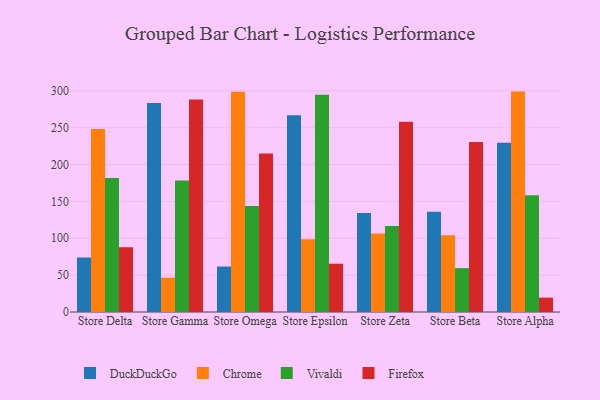
{"axis": {"x": "Store", "y": "Energy Usage (MWh)"}, "legend": ["Chrome", "DuckDuckGo", "Firefox", "Vivaldi"], "data": [{"x": "Store Delta", "y": 73.9, "type": "DuckDuckGo"}, {"x": "Store Delta", "y": 248.1, "type": "Chrome"}, {"x": "Store Delta", "y": 181.6, "type": "Vivaldi"}, {"x": "Store Delta", "y": 87.9, "type": "Firefox"}, {"x": "Store Gamma", "y": 283.4, "type": "DuckDuckGo"}, {"x": "Store Gamma", "y": 46.5, "type": "Chrome"}, {"x": "Store Gamma", "y": 178.3, "type": "Vivaldi"}, {"x": "Store Gamma", "y": 288.2, "type": "Firefox"}, {"x": "Store Omega", "y": 61.7, "type": "DuckDuckGo"}, {"x": "Store Omega", "y": 298.6, "type": "Chrome"}, {"x": "Store Omega", "y": 143.8, "type": "Vivaldi"}, {"x": "Store Omega", "y": 215.0, "type": "Firefox"}, {"x": "Store Epsilon", "y": 266.8, "type": "DuckDuckGo"}, {"x": "Store Epsilon", "y": 98.8, "type": "Chrome"}, {"x": "Store Epsilon", "y": 294.5, "type": "Vivaldi"}, {"x": "Store Epsilon", "y": 65.5, "type": "Firefox"}, {"x": "Store Zeta", "y": 134.4, "type": "DuckDuckGo"}, {"x": "Store Zeta", "y": 106.4, "type": "Chrome"}, {"x": "Store Zeta", "y": 116.6, "type": "Vivaldi"}, {"x": "Store Zeta", "y": 258.0, "type": "Firefox"}, {"x": "Store Beta", "y": 135.8, "type": "DuckDuckGo"}, {"x": "Store Beta", "y": 104.0, "type": "Chrome"}, {"x": "Store Beta", "y": 59.5, "type": "Vivaldi"}, {"x": "Store Beta", "y": 230.6, "type": "Firefox"}, {"x": "Store Alpha", "y": 229.4, "type": "DuckDuckGo"}, {"x": "Store Alpha", "y": 298.9, "type": "Chrome"}, {"x": "Store Alpha", "y": 158.4, "type": "Vivaldi"}, {"x": "Store Alpha", "y": 19.5, "type": "Firefox"}]}